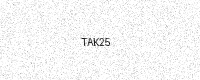
Text: TAK25